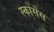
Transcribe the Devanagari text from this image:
स्कोंसेस